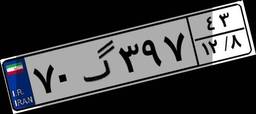
۶۵گ۰۴۶۰۷